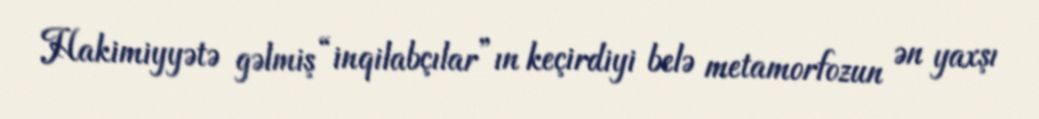
Hakimiyyətə gəlmiş “inqilabçılar”ın keçirdiyi belə metamorfozun ən yaxşı